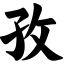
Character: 孜